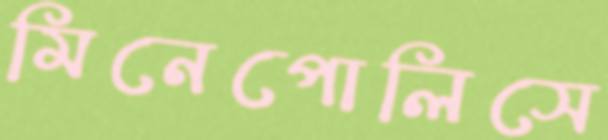
মিনেপোলিসে